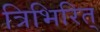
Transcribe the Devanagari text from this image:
त्रिभिरित्